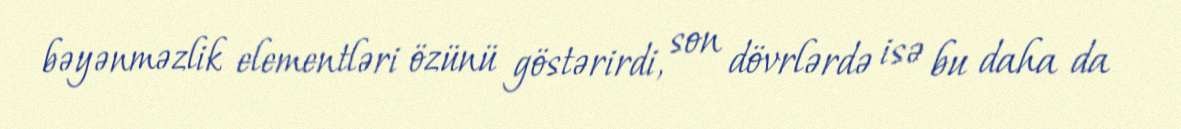
bəyənməzlik elementləri özünü göstərirdi, son dövrlərdə isə bu daha da